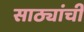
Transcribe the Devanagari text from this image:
साठ्यांची